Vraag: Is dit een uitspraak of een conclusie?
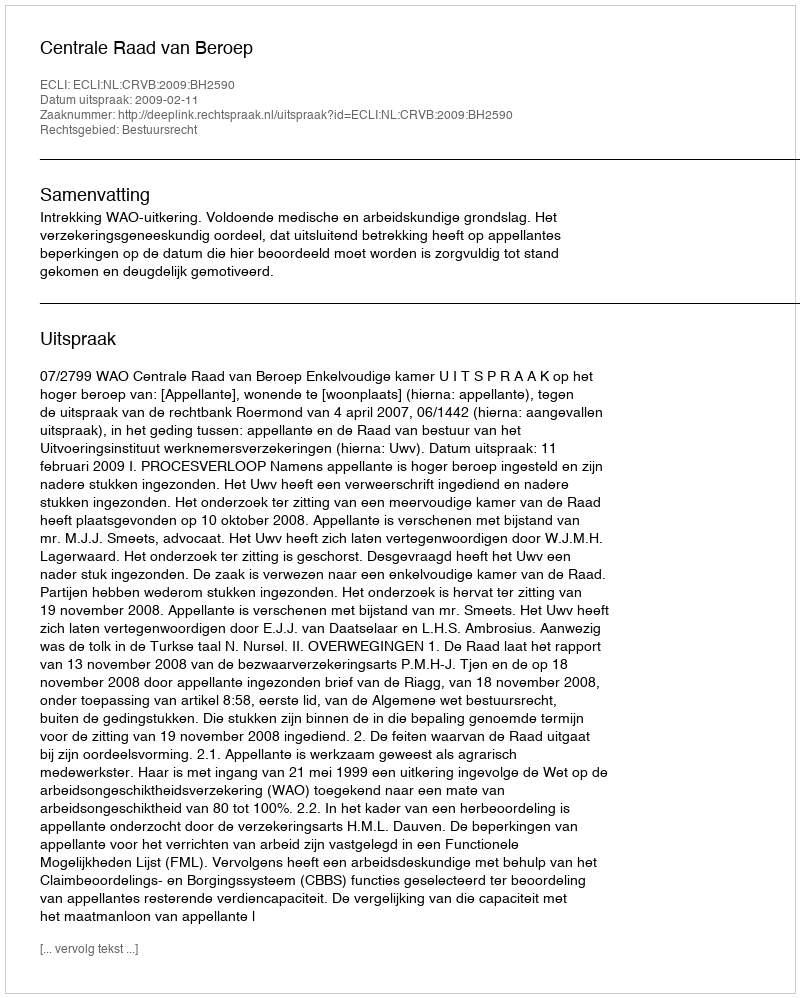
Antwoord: Uitspraak